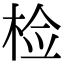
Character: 检